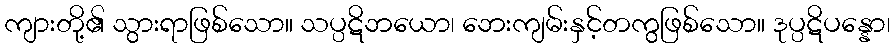
ကျားတို့၏ သွားရာဖြစ်သော။ သပ္ပဋိဘယော၊ ဘေးကျမ်းနှင့်တကွဖြစ်သော။ ဒုပ္ပဋိပန္နော၊